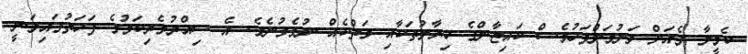
ކެމީލާ ގެއަށް ވަނުމަށްފަހުވެސް ކައިޒާންގެ ޚިޔާލުތަކާއި ވަތްކެއް ނުވެވުނެވެ. އެ ސިއްރުވެރިކަމުގެ ފަހަތުގައިވަނީ